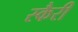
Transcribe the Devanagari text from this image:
स्कैरी